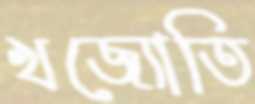
খজ্যোতি